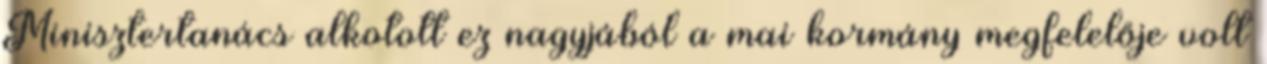
Minisztertanács alkotott ez nagyjából a mai kormány megfelelője volt